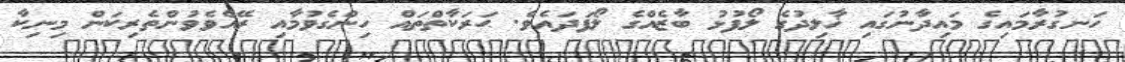
ހަނގުރާމައިގެ މައިދާނުގައި ޚާލިދުގެ ލޯފުޅު ބާޒެއްގެ ލޯފަދައެވެ. ޙަރަކާތްތައް ހިންގެވުމާއި ރޭއްވެވުންތެރިކަން މިނިކާ